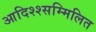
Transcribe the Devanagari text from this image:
आदिश्श्सम्मिलित